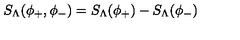
S _ { \Lambda } ( \phi _ { + } , \phi _ { - } ) = S _ { \Lambda } ( \phi _ { + } ) - S _ { \Lambda } ( \phi _ { - } )